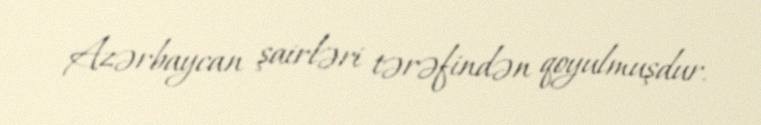
Azərbaycan şairləri tərəfindən qoyulmuşdur.